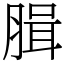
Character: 䐕